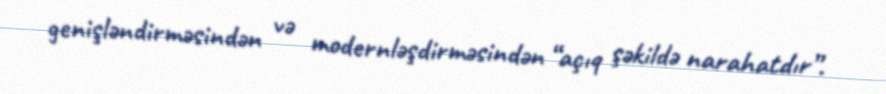
genişləndirməsindən və modernləşdirməsindən “açıq şəkildə narahatdır”.